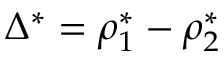
\Delta ^ { * } = \rho _ { 1 } ^ { * } - \rho _ { 2 } ^ { * }